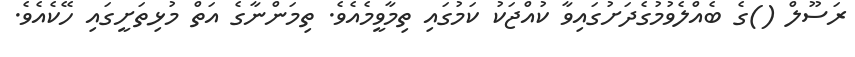
ރަސޫލް ()ގެ ބެއްލެވުމުގެދަށުގައިވާ ކުއްޖަކު ކަމުގައި ތިމާވީމެއެވެ. ތިމަންނާގެ އަތް މުޅިތަށީގައި ހޭކެއެވެ.